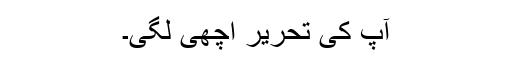
آپ کی تحریر اچھی لگی۔